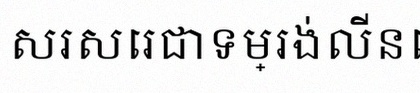
សរសេរជាទម្រង់លីនេអ៊ែរ